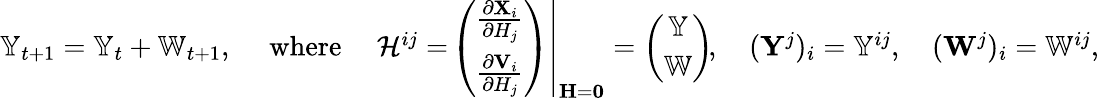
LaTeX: \begin{array}{r}{\mathbb{Y}_{t+1}=\mathbb{Y}_{t}+\mathbb{W}_{t+1},\quad\mathrm{~where~}\quad\mathbf{\mathcal{H}}^{ij}=\left.\! \left(\begin{array}{c}{\frac{\partial\mathbf{X}_{i}}{\partial H_{j}}}\\ {\frac{\partial\mathbf{V}_{i}}{\partial H_{j}}}\end{array}\right)\right|_{\mathbf{H}=\mathbf{0}}=\left(\begin{array}{c}{\mathbb{Y}}\\ {\mathbb{W}}\end{array}\right)\! ,\quad(\mathbf{Y}^{j})_{i}=\mathbb{Y}^{ij},\quad(\mathbf{W}^{j})_{i}=\mathbb{W}^{ij},}\end{array}